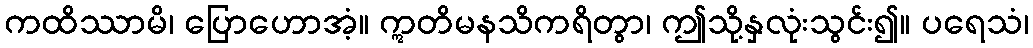
ကထိဿာမိ၊ ပြောဟောအံ့။ ဣတိမနသိကရိတွာ၊ ဤသို့နှလုံးသွင်း၍။ ပရေသံ၊